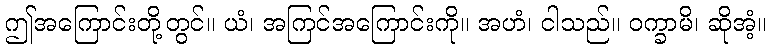
ဤအကြောင်းတို့တွင်။ ယံ၊ အကြင်အကြောင်းကို။ အဟံ၊ ငါသည်။ ဝက္ခာမိ၊ ဆိုအံ့။